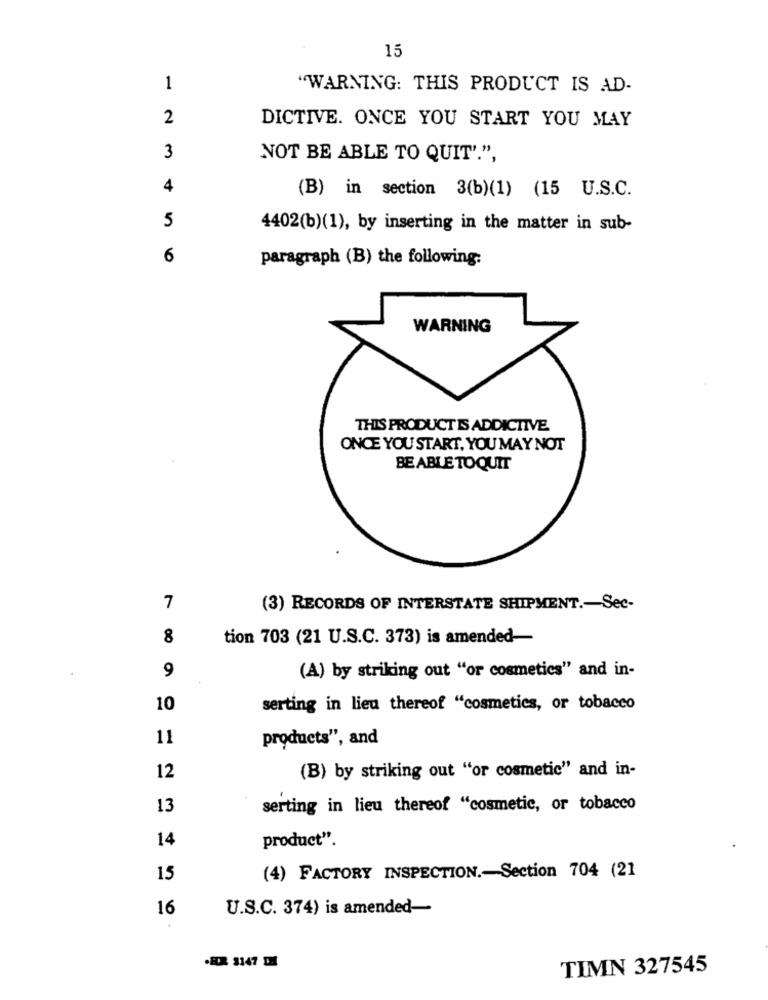
15
1
"WARNING: THIS PRODUCT IS AD-
2
DICTIVE. ONCE YOU START YOU MAY
3
NOT BE ABLE TO QUIT'.",
4
(B) in section 3(b)(1) (15 U.S.C.
5
4402(b)(1), by inserting in the matter in sub-
6
paragraph (B) the following:
WARNING
THIS PRODUCT IS ADDICTIVE
ONCE YOU START, YOU MAY NOT
BE ABLE TOQUIT
7
(3) RECORDS OF INTERSTATE SHIPMENT .- Sec-
8
tion 703 (21 U.S.C. 373) is amended-
9
(A) by striking out "or cosmetics" and in-
10
serting in lieu thereof "cosmetics, or tobacco
11
products", and
(B) by striking out "or cosmetic" and in-
12
13
serting in lieu thereof "cosmetic, or tobacco
14
product".
15
(4) FACTORY INSPECTION .- Section 704 (21
16
U.S.C. 374) is amended-
.EDX 3147 DI
TIMN 327545